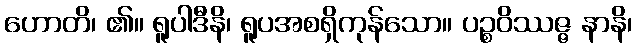
ဟောတိ၊ ၏။ ရူပါဒီနိ၊ ရူပအစရှိကုန်သော။ ပဉ္စဝိဿဇ္ဇ နာနိ၊